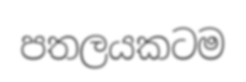
පතලයකටම